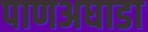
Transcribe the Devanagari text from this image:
पाणअघाडा